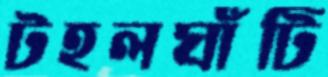
টহলঘাঁটি